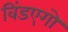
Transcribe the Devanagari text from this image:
विंडएगो